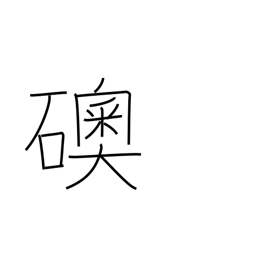
Meaning: jewel